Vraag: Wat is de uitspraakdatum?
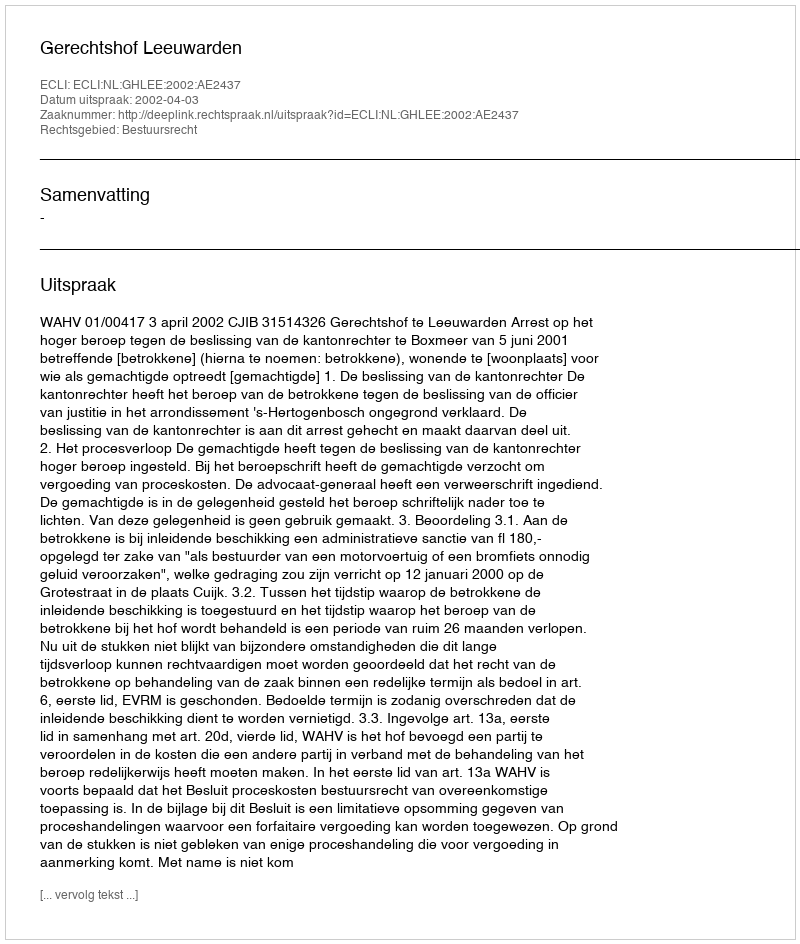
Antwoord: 2002-04-03